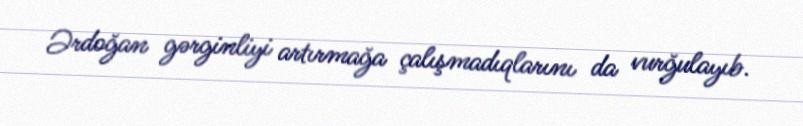
Ərdoğan gərginliyi artırmağa çalışmadıqlarını da vurğulayıb.